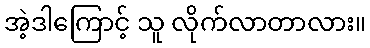
အဲ့ဒါကြောင့် သူ လိုက်လာတာလား။